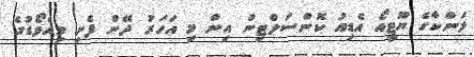
ލަންކާގެ ޔޫޓީއޯ އެޑިއު ކޮންސަލްޓިން އިން މި އަހަރު ދޭން ފެށި މިއެވޯޑުގެ